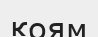
қоям